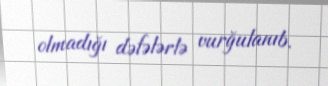
olmadığı dəfələrlə vurğulanıb.